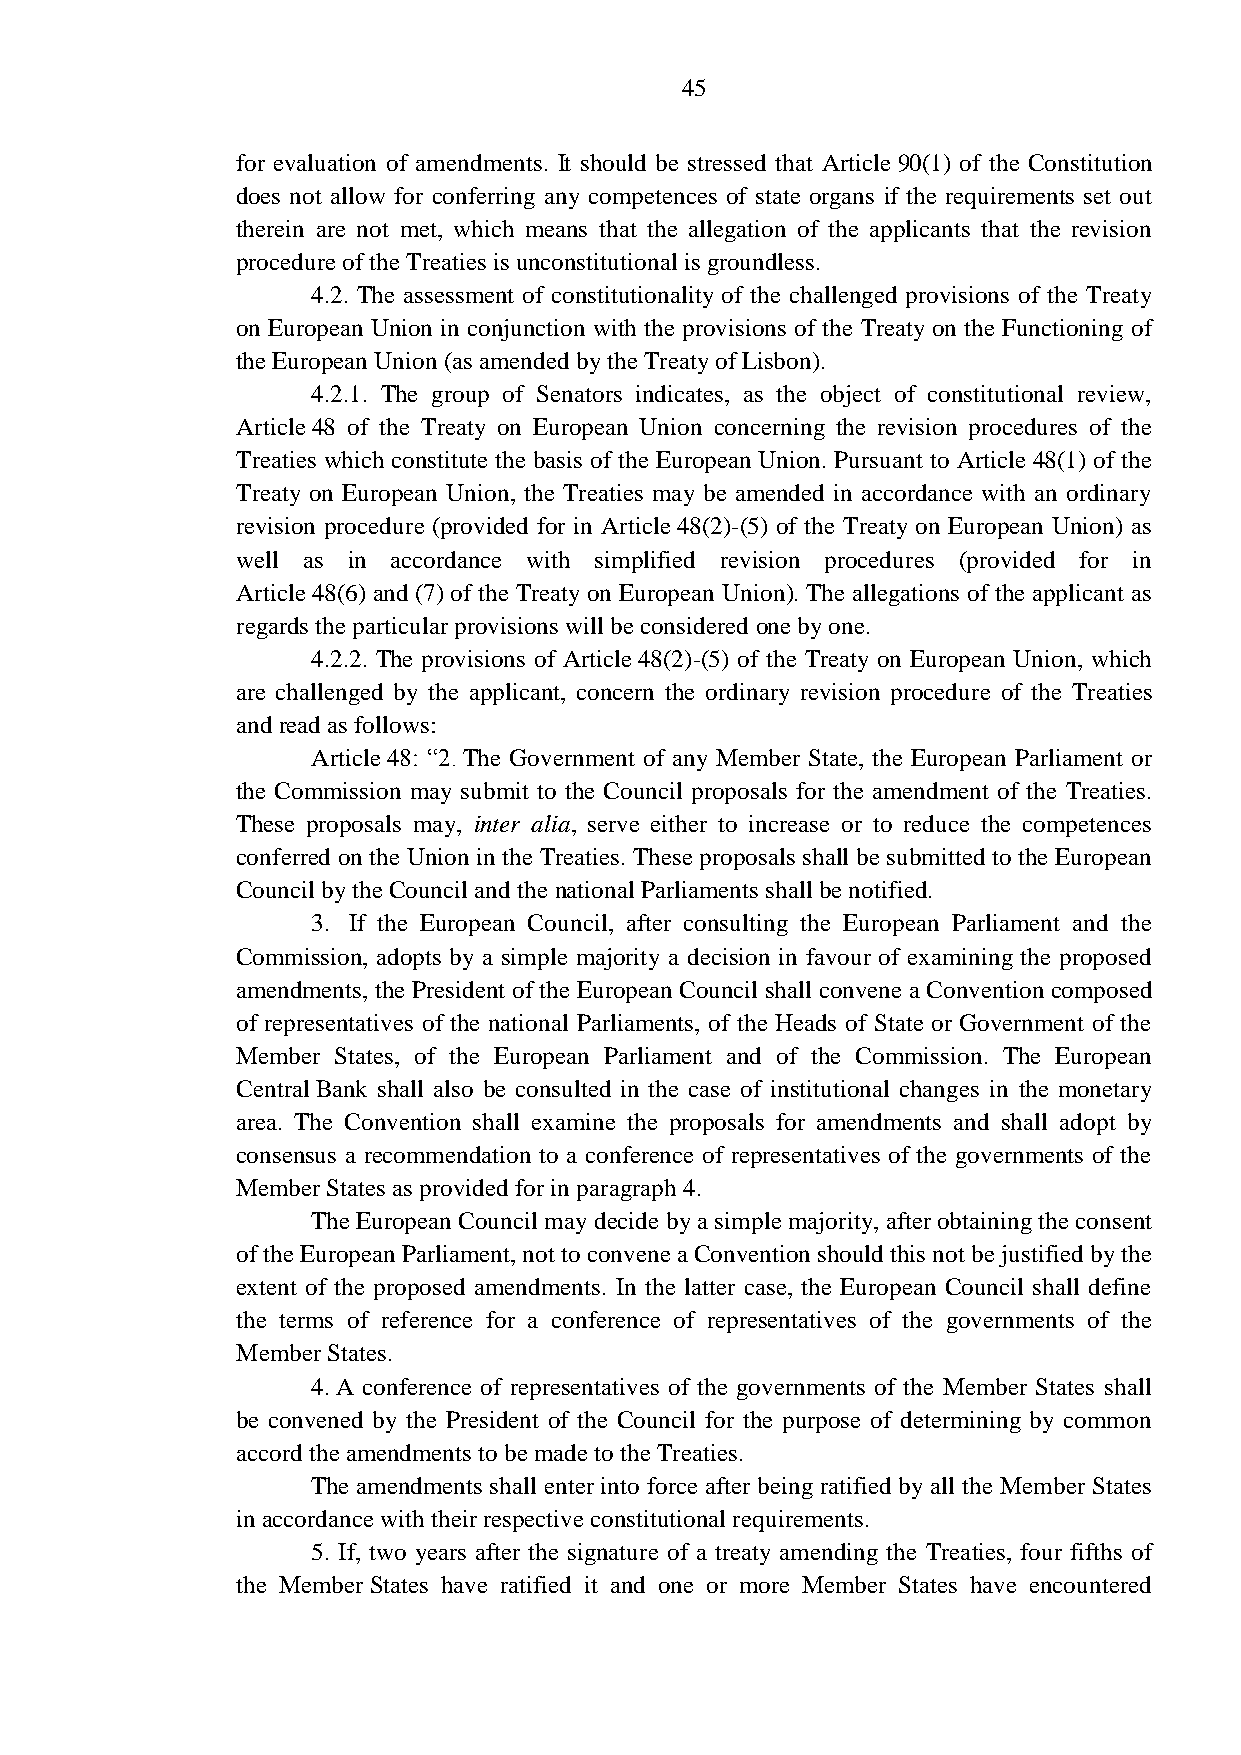
45
 for evaluation of amendments. It should be stressed that Article 90(1) of the Constitution
 does not allow for conferring any competences of state organs if the requirements set out
 therein are not met, which means that the allegation of the applicants that the revision
 procedure of the Treaties is unconstitutional is groundless.
 4.2. The assessment of constitutionality of the challenged provisions of the Treaty
 on European Union in conjunction with the provisions of the Treaty on the Functioning of
 the European Union (as amended by the Treaty of Lisbon).
 4.2.1. The group of Senators indicates, as the object of constitutional review,
 Article 48 of the Treaty on European Union concerning the revision procedures of the
 Treaties which constitute the basis of the European Union. Pursuant to Article 48(1) of the
 Treaty on European Union, the Treaties may be amended in accordance with an ordinary
 revision procedure (provided for in Article 48(2)-(5) of the Treaty on European Union) as
 well as in accordance with simplified revision procedures (provided for in
 Article 48(6) and (7) of the Treaty on European Union). The allegations of the applicant as
 regards the particular provisions will be considered one by one.
 4.2.2. The provisions of Article 48(2)-(5) of the Treaty on European Union, which
 are challenged by the applicant, concern the ordinary revision procedure of the Treaties
 and read as follows:
 Article 48: “2. The Government of any Member State, the European Parliament or
 the Commission may submit to the Council proposals for the amendment of the Treaties.
 These proposals may, inter alia, serve either to increase or to reduce the competences
 conferred on the Union in the Treaties. These proposals shall be submitted to the European
 Council by the Council and the national Parliaments shall be notified.
 3. If the European Council, after consulting the European Parliament and the
 Commission, adopts by a simple majority a decision in favour of examining the proposed
 amendments, the President of the European Council shall convene a Convention composed
 of representatives of the national Parliaments, of the Heads of State or Government of the
 Member States, of the European Parliament and of the Commission. The European
 Central Bank shall also be consulted in the case of institutional changes in the monetary
 area. The Convention shall examine the proposals for amendments and shall adopt by
 consensus a recommendation to a conference of representatives of the governments of the
 Member States as provided for in paragraph 4.
 The European Council may decide by a simple majority, after obtaining the consent
 of the European Parliament, not to convene a Convention should this not be justified by the
 extent of the proposed amendments. In the latter case, the European Council shall define
 the terms of reference for a conference of representatives of the governments of the
 Member States.
 4. A conference of representatives of the governments of the Member States shall
 be convened by the President of the Council for the purpose of determining by common
 accord the amendments to be made to the Treaties.
 The amendments shall enter into force after being ratified by all the Member States
 in accordance with their respective constitutional requirements.
 5. If, two years after the signature of a treaty amending the Treaties, four fifths of
 the Member States have ratified it and one or more Member States have encountered